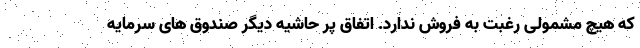
که هیچ مشمولی رغبت به فروش ندارد. اتفاق پر حاشیه دیگر صندوق های سرمایه